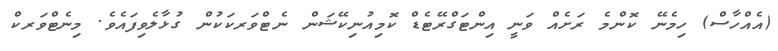
(އެއްހާސް) ހިމެނޭ ކޮންމެ ރަށެއް ވަނީ އިންޓަގްރޭޓެޑް ކޮމިއުނިކޭޝަން ނެޓްވަރކަކުން ގުޅާލެވިފައެވެ. މިނެޓްވަރކް